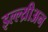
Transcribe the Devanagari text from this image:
इल्ल्य्रीअन